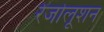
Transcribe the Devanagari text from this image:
रेजोलूशन